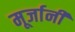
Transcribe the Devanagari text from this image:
मूर्जानी